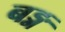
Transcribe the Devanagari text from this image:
बङ्ग